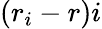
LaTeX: (r_{i}-r)i